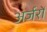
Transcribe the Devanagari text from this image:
अर्जरों